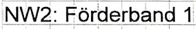
Text: NW2: Förderband 1